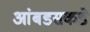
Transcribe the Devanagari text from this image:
आंबडसकडे